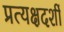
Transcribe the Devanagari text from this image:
प्रत्‍यक्षदर्शी